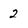
Character: 2